Plague in India, 1896, 1897 - Volume 3
Year: 1896
Disease focus: Plague
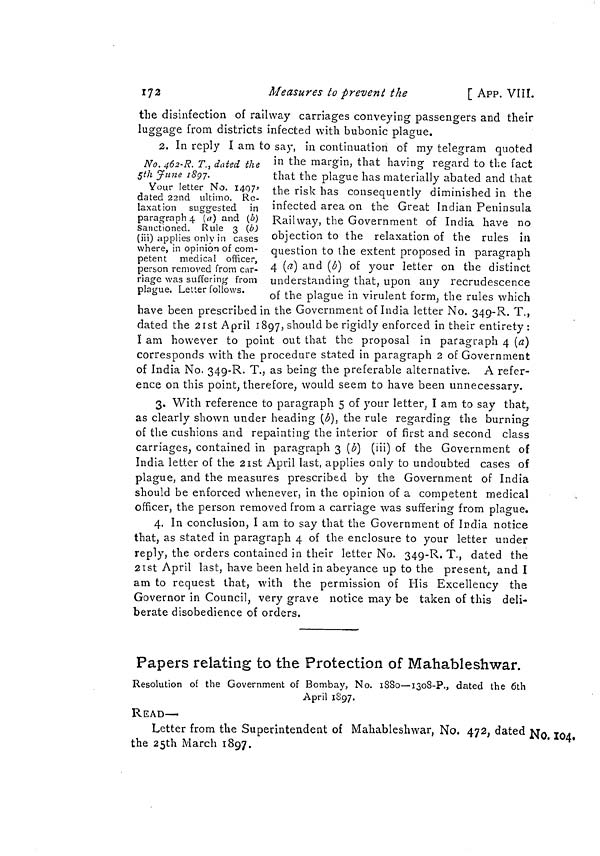
172
Measures to prévent the
[ APP. VIÍI.
the disinfection of railway carriages conveying passengers and their
luggage from districts infected with bubonic plague.
2. In reply I am to say, in continuation of my telegram quoted
No. 462-R. T., dated the
5 th June 1897.
Your letter No. 1407'
dated 22nd ultimo. Re-
laxation suggested in
paragraph 4 (a) and (b)
sanctioned. Rule 3 (b)
(iii) applies only in cases
where, in opinion of com-
petent medical officer,
person removed from car-
riage was suffering from
plague. Letter follows.
in the margin, that having regard to the fact
that the plague has materially abated and that
the risk has consequently diminished in the
infected area on the Great Indian Peninsula
Railway, the Government of India have no
objection to the relaxation of the rules in
question to the extent proposed in paragraph
4 (a) and (b) of your letter on the distinct
understanding that, upon any recrudescence
of the plague in virulent form, the rules which
have been prescribed in the Government of India letter No. 349-R. T.,
dated the 21st April 1897, should be rigidly enforced in their entirety :
I am however to point out that the proposal in paragraph 4 (a)
corresponds with the procedure stated in paragraph 2 of Government
of India No. 349-R. T., as being the preferable alternative. A refer-
ence on this point, therefore, would seem to have been unnecessary.
3. With reference to paragraph 5 of your letter, I am to say that,
as clearly shown under heading (b), the rule regarding the burning
of the cushions and repainting the interior of first and second class
carriages, contained in paragraph 3 (b) (iii) of the Government of
India letter of the 21st April last, applies only to undoubted cases of
plague, and the measures prescribed by the Government of India
should be enforced whenever, in the opinion of a competent medical
officer, the person removed from a carriage was suffering from plague.
4. In conclusion, I am to say that the Government of India notice
that, as stated in paragraph 4 of the enclosure to your letter under
reply, the orders contained in their letter No. 349-R, T., dated the
21st April last, have been held in abeyance up to the present, and I
am to request that, with the permission of His Excellency the
Governor in Council, very grave notice may be taken of this deli-
berate disobedience of orders.
Papers relating to the Protection of Mahableshwar.
Resolution of the Government of Bombay, No. 1880—1308-P., dated the 6th
April 1897.
READ—
No. 104,
Letter from the Superintendent of Mahableshwar, No. 472, dated
the 25th March 1897.